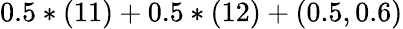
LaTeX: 0.5*(11)+0.5*(12)+(0.5,0.6)